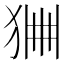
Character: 𤞹